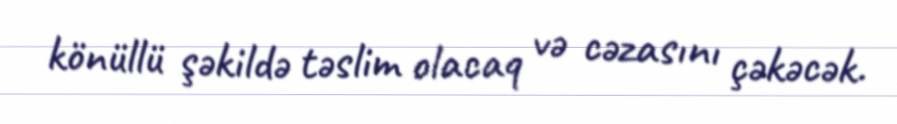
könüllü şəkildə təslim olacaq və cəzasını çəkəcək.